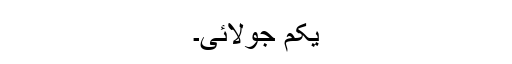
یکم جولائی۔